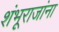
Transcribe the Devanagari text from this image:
शंभूराजांना